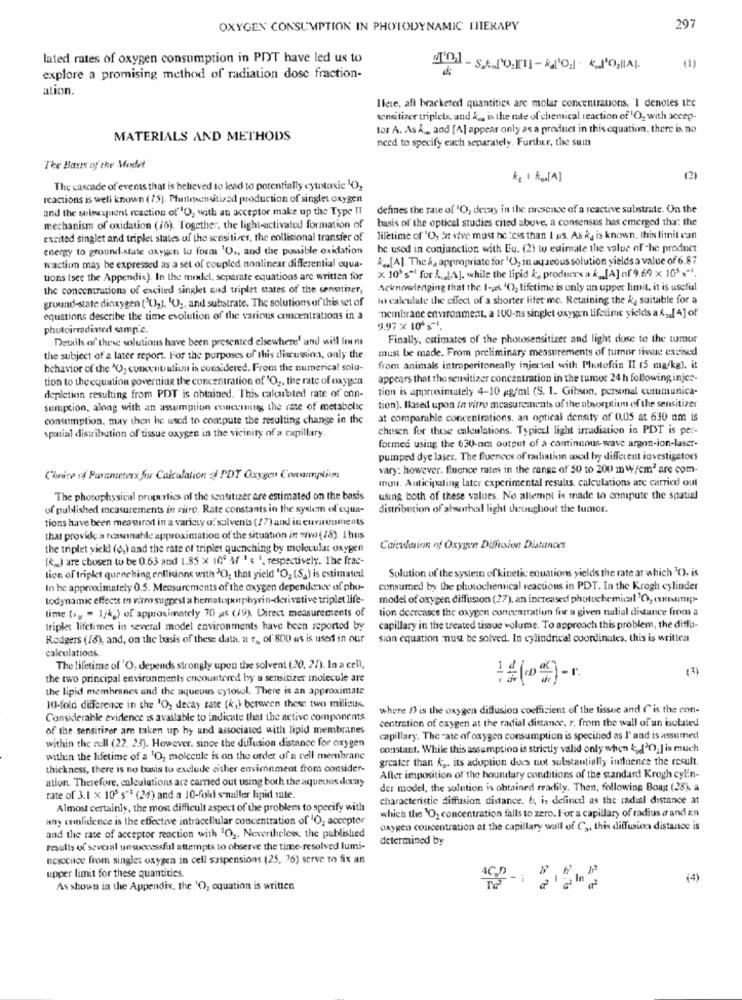
OXYGEN CONSUMPTION IN PHOTODYNAMIC IJIERAPY
297
lated rates of oxygen consumption in PPT have led us to
(1)
explore a promising method of radiation dose fraction-
ation.
Ifere, all bracketed quantities are molar concentrations, I denotes the
sensitizer triplets, and & ,, i, the rate of chemical reaction of 'O, with accep-
tor A. As & .. and [A] appear only as a product in this equation, there is no
MATERIALS AND METHODS
need to specify each separately. Further, the sum
The Basis of the Model
Kg 1 Kon [ A]
(2)
The cascade of events that is believed to lead to potentially cytotoxic 102
reactions is well known (75). Philmentitisad production of singlet oxygen
and the subsequent reaction of"O, with an acceptor make up the Type II
defines the rate of 'O, decay in the presence of a reactive substrate. On the
basis of the optical studies cited above, a consensus has emerged thu: the
mechanism of oxidation (16). Together, the light-activated formation of
excited singlet and triplet states of the sensitives, the collisional transfer of
lifetime of 'O, At vive must be less than I as. As k, is known, this limit can
energy to ground-state oxygen to form 'O ,, and the possible oxidation
be used in conjunction with Eu. (2) tu estimate the value of the product
k ., [A]. The &, appropriate for 'O, in aqueous solution yields a value of 6.87
waction may be expressed as a set of coupled nonlinear differential equa-
tions (see the Appendix). In the mixlel, separate equations are written for
x 10º s"! for &. [A]. while the lipid k, produces a k_[A] af 9.69 ×10's".
the concentrations of excited singlet and triplet states of the senetiner,
Acknowledging that the 1-as 40), lifetime is only an upper limit, it is useful
ground-state dioxygen ('U2). 'O ,, and substrate. The solutions of this set of
lo calculate the effect of a shorter lifer me. Retaining the &, suitable for a
equations describe the time evolution of the various concentrations in a
membrane environment, a 100-ns singlet oxygen lifetime yields a & .[ 4] of
photoirradined samp.c.
9.97 X 10'".
Details of these solutions have been presented elsewhere! and will Inen
Finally, estimates of the phowsensitizer and light dose te the tumor
must be made. From preliminary measurements of tumor tissue excisecd
the subject of a later report. For the purposes of this discussion, only the
behavior of the "O, concentratiun is considered. From the numerical solu-
from animals intraperitoneally injectedl with Photofin II (5 mg/kg), it
tion to the equation governing the concentration of 'O2, the rate of oxygen
appears that the sensitizer concentration in the tumor 24 h following injes-
tion is approximately 4-10 pg/ml (S. I. Gibson, personal communica-
depletion resulting from PDT is obtained. This calculated rate of con-
sumption, along with an assumption concerning the rate of metabolic
tion). Based upon in vitro measurements of the absorption of the sensitizer
consumption. may then he used to compute the resulting change in the
at comparable concentrations, an optical density of 0.05 at 630 nm is
spatial distribution of tissue oxygen in the vicinity of a capillary
chosen for these calculations. Typicel light irradiation in PDT is per-
formed using the 630-nm output of a continuous- wave argon-ion-laser-
pumped dye laser. The fluences of radiation usod by different investigators
vary: however. fluence rates in the range of 50 to 200 mW/cm2 are com-
Chnice 14 Parameters for Calculation 4 PDT Oxygen Conamplimm
mon. Anticipating later experimental results. calculations are carried out
The photophysical properties of the sentitizer are estimated on the basis
using both of these values. No allempt is made to compute the spatial
of published measurements in vitro. Rate constants in the system of cyua-
distribution of aharbed light throughout the tumor.
tions have been measured in a variety of solvents (17) and in environments
that provide a reasonable approximation of the situation in vivo ( 18). Ihus
the triplet yickl (6) and the rate of triplet quenching by molecular oxygen
Calculation of Oxygen Diffusion Distances
[k __ ) are chosen to be 0.63 and 1.85 x 10º \ ' s ', respectively. The frac-
Solution of the system of kinetic equations yields the rate ar which TO, is
lion of triplet quenching collisions with "O, that yield 'O, (S.) is estimated
In he approximately 0.5. Measurements of the oxygen dependence of phu-
consumed by the photochemical reactions in PDT. In the Krogh cylinder
todynamic effects m vitro suggest a hematopphyrin-derivative triplet life-
model of oxygen diffusion (27), an increased photochemical'O, (unip-
tion deercases the oxygen concentration for a given mudial distance from a
time (>= = 1/4,) of approximately 70 af (19). Direct measurements of
triplet lifetimes in several model environments have been reported by
capillary in the treated tissue volume. To approach this problem, the diffu-
Rodgers (18), and, on the basis of these data. a T ., of' 800 as is used in our
sion equation :must be solved. In cylindrical coordinates, this is written
calculations.
The lifetime of 'O, depends strongly upon the solvent (20, 21). In a cell,
the two principal environments encountered by a sensitizer molecule are
the lipid membranes and the aqueous cytosol. There is an approximate
10-fold difference in the 'O, decay rate (4.) between these two milieux.
where Dis the oxygen diffusion coefficient of the tissue and (is the con-
Considerable evidence is available to indicate that the active components
of the sensitiver are taken up hy und associated with lipid membranes
centration of oxygen at the radial distance. r. from the wall of an isolated
capillary. The -ate of oxygen consumption is specified as I' and is assumed
within the nell (22, 23). However. since the diffusion distance for oxygen
constant. While this assumption is strictly valid only when 4 120.] is much
within the lifetime of a 'O, molecule is on the order of a cell membrane
greater than k ,. its adoption does not substantially influence the result.
thickness, there is no basis to exclude either environment from consider-
ation. Therefore, calculations are carried out using both the aqueous decay
After imposition of the boundary conditions of the standard Krogh cylin-
der model, the solution is obtained readily. Then, following Boug (28) a
rate of 3.1 x 108 s"1 (24) and a 10-fold s-naller lipid rate.
characteristic diffusion distance. & is defined as the radial distance at
Almost certainly, the most difficult aspect of the problem to specify with
any confidence is the effective intracellular concentration of 'O, accepter
which the "O, concentration falls to zero. For a capillary of radius a and zn
oxygen concentration at the capillary wall of C3, this diffusion distance is
and the rate of acceptor reaction with 102. Nevertheless, the published
determined by
results of several unsuccessful attempts to observe the time-resolved lumi-
nescence from singlet oxygen in cell saspensions (25, 26) serve to fix an
upper limit for these quantities
(4)
As shown in the Appendix, the 'O, equation is written